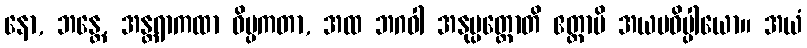
နော, ဘန္တေ, အန္တရာကထာ ဝိပ္ပကတာ, အထ ဘဂဝါ အနုပ္ပတ္တောတိ ဧတ္ထာပိ အယမဓိပ္ပါယော။ အယံ